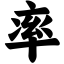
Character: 率